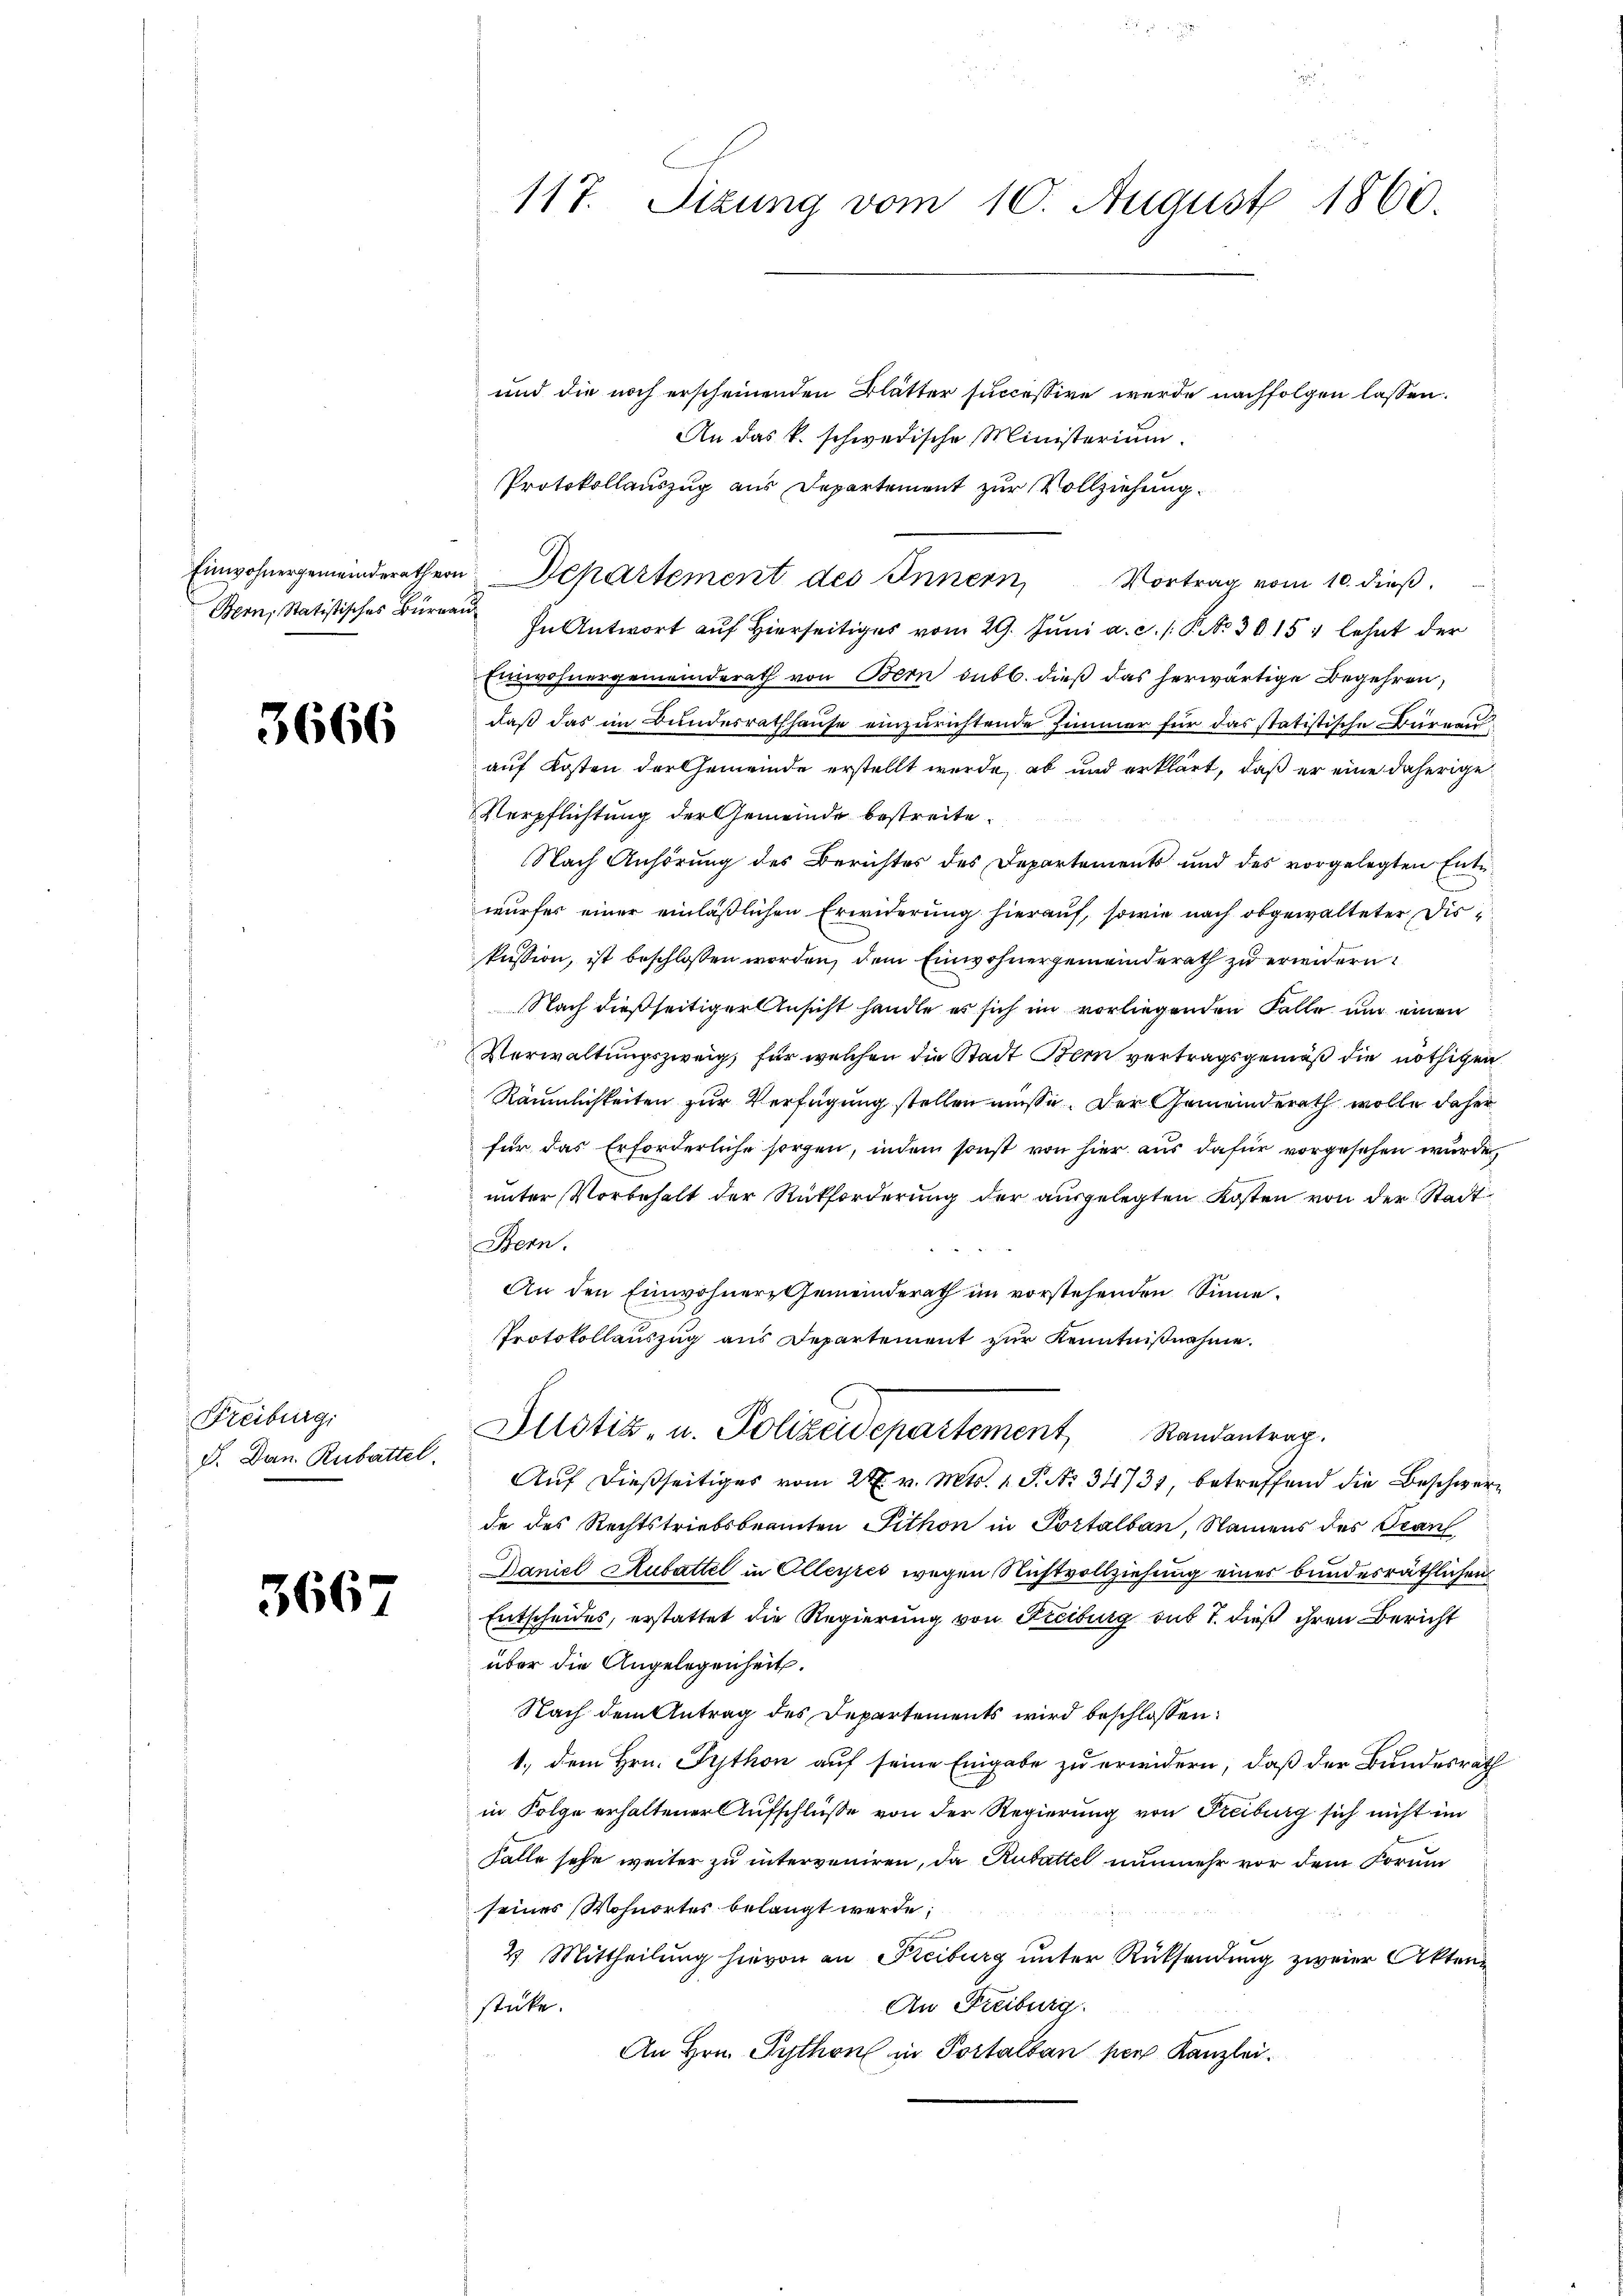
Einwohnergemeinderath er¬
Bern, Statistisches Burna

3666

Freiburgi
F. Dan Rubattel.

3667

117. Sizung vom 10. August 1860

und die noch erscheinenden Blätter successive werde nachfolgen lassen.
An das k. schwedische Ministerium.
Protokollauszug aus Departement zur Vollziehung.
i
In Antwort auf Hierseitiges vom 29. Juni a. c. /: P. No 3015; lehnt der
Einwohnergemeinderath von Bern subb. dieß das herwärtige Begehren,
daß das im Bundesrathhause einzurichtende Zimmer für das statistische Büreau
auf Kosten der Gemeinde erstellt wurde, ab und erklärt, daß er eine daherige
Verpflichtung der Gemeinde bestreite.
Nach Anhörung des Berichtes des Departements und des vorgelegten Entwurfes einer einläßlichen Erwiderung hierauf, sowie nach obgewalteter Diskussion, ist beschlossen worden, dem Einwohnergemeinderath zu erwidern.
Nach dießseitiger Ansicht handle es sich im vorliegenden Falle und einen
Verwaltungszweig, für welchen die Stadt Bern vertragsgemäß die nöthigen
Räumlichkeiten zur Verfügung stellen müsse. Der Gemeinderath wolle daher
für das Erforderliche sorgen, indem sonst von hier aus dafür vorgesehen wurde,
unter Vorbehalt der Rückforderung der ausgelegten Kosten von der Stadt
Bern.
An den Einwohner, Gemeinderath im vorstehenden Sinne.
Protokollauszug aus Departement zur Kenntnißnahme.
Justiz- u. Polizeidepartement, Randantrag.
Aŭf dießseitiges vom 27. v. Mts. 1. P. No 34731, betreffend die Beschwere
de des Rechtstriebsbeamten Fithon in Portalban, Namens des Trans
Daniel Rubattel in Olleyres wegen Nichtvollziehung eines bundesräthlichen
Entscheides, erstattet die Regierung von Freiburg sub 7. dieß ihren Bericht
über die Angelegenheit.
Nach dem Antrag des Departements wird beschlossen:
1., dem Hrn. Puthon auf seine Eingabe zu erweidern, daß der Bundesrath
in Folge erhaltener Aufschlüsse von der Regierung von Freiburg sich nicht im
halle sehe weiter zu interveniren, da Rubattel nunmehr vor dem Forum
seines Wohnortes belangt werde;
2. Mittheilung hievon an Freiburg unter Rücksendung zweier Akten
An Freiburg.
stücke.
An Hrn. Python in Portalban per Kanzlei.

u. Departement des Innern, Vortrag vom 10. dieß